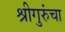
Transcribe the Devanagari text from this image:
श्रीगुरुंचा